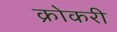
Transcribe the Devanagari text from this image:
क्रोकरी